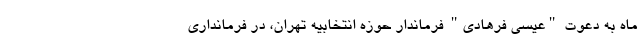
ماه به دعوت "عیسی فرهادی" فرماندار حوزه انتخابیه تهران، در فرمانداری